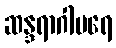
ဆန္ဒရာဂါပရေ